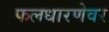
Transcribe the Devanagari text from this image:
फलधारणेवर